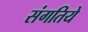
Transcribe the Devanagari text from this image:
संगतिये